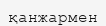
қанжармен